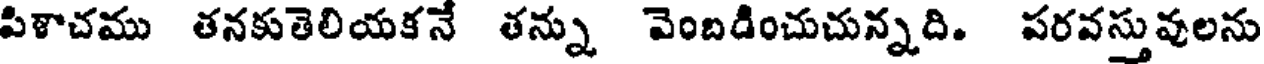
పిళాచము తనకుతెలియకన తన్ను వెంబడించుచున్నది. పరవస్తువులను